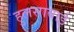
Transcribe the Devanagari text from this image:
हुलसाबाई